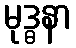
မုဒ္ဓနာ